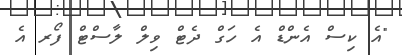
"އެ ކިސް އެންޑް އެ ހަގް ދެޓް ވިލް ލާސްޓް ފޯރ އެ